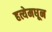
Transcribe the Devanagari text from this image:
हत्येमधून